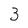
Character: 3